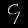
Digit: ၄